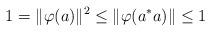
LaTeX: \begin{align*}1 = \|\varphi(a)\|^2 \leq \|\varphi(a^* a)\| \leq 1\end{align*}